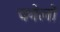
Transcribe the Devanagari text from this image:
चनेलो